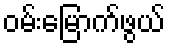
ဝမ်းမြောက်ဖွယ်